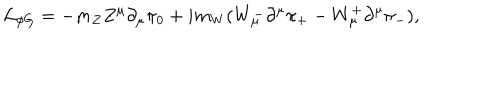
LaTeX: { \cal L } _ { \phi G } = - m _ { Z } Z ^ { \mu } \partial _ { \mu } \pi _ { 0 } + i m _ { W } ( W _ { \mu } ^ { - } \partial ^ { \mu } \pi _ { + } - W _ { \mu } ^ { + } \partial ^ { \mu } \pi _ { - } ) ,